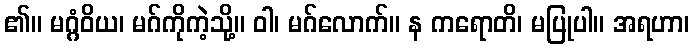
၏။ မဂ္ဂံဝိယ၊ မဂ်ကိုကဲ့သို့။ ဝါ၊ မဂ်လောက်။ န ကရောတိ၊ မပြုပါ။ အရဟာ၊